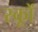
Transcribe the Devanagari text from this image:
स्कूों